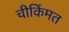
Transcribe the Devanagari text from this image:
चीकिंमत